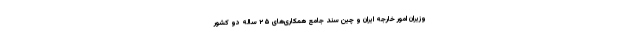
وزیران امور خارجه ایران و چین سند جامع همکاری‌های ۲۵ ساله دو کشور